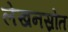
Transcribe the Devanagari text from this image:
लेखनस्रोत